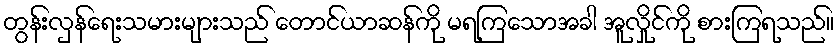
တွန်းလှန်ရေးသမားများသည် တောင်ယာဆန်ကို မရကြသောအခါ အူလှိုင်ကို စားကြရသည်။